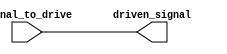
module IO_LowPower_Buffer (
    input wire signal_to_drive,
    output reg driven_signal
);

assign driven_signal = signal_to_drive;

endmodule